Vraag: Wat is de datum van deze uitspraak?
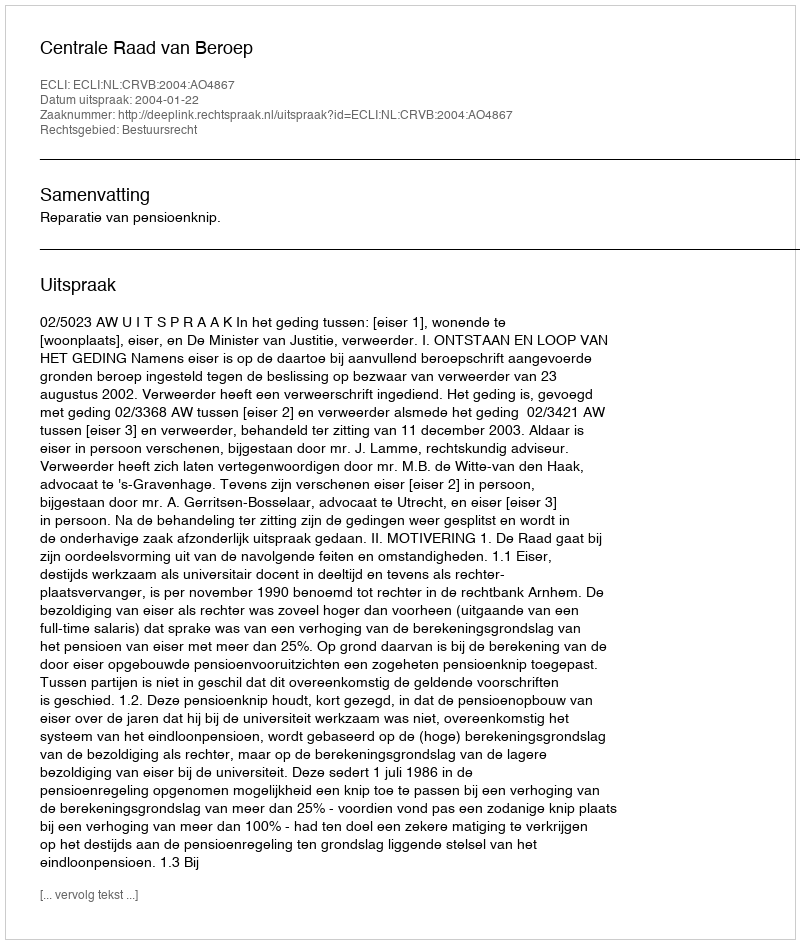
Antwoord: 2004-01-22